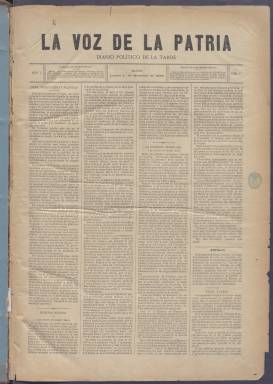
Título: La Voz de la patria (Madrid)
Colección: Periódicos
Ámbito geográfico: Madrid
Lugar de publicación: Madrid
Fechas: 01/10/1888-09/05/1889